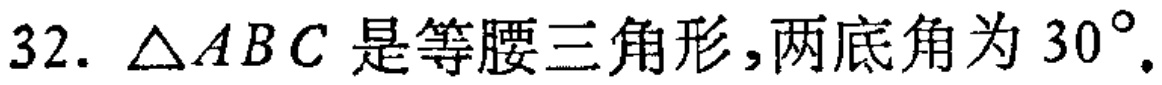
$32.\ \triangle ABC\text{ 是等腰三角形,两底角为 }30^{\circ}.$